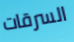
السرقات